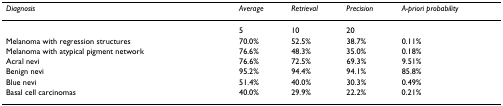
<table><thead><tr><td><b><i>Diagnosis</i></b></td><td><b><i>Average</i></b></td><td><b><i>Retrieval</i></b></td><td><b><i>Precision</i></b></td><td><b><i>A-priori probability</i></b></td></tr></thead><tbody><tr><td></td><td>5</td><td>10</td><td>20</td><td></td></tr><tr><td>Melanoma with regression structures</td><td>70.0%</td><td>52.5%</td><td>38.7%</td><td>0.11%</td></tr><tr><td>Melanoma with atypical pigment network</td><td>76.6%</td><td>48.3%</td><td>35.0%</td><td>0.18%</td></tr><tr><td>Acral nevi</td><td>76.6%</td><td>72.5%</td><td>69.3%</td><td>9.51%</td></tr><tr><td>Benign nevi</td><td>95.2%</td><td>94.4%</td><td>94.1%</td><td>85.8%</td></tr><tr><td>Blue nevi</td><td>51.4%</td><td>40.0%</td><td>30.3%</td><td>0.49%</td></tr><tr><td>Basal cell carcinomas</td><td>40.0%</td><td>29.9%</td><td>22.2%</td><td>0.21%</td></tr></tbody></table>